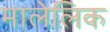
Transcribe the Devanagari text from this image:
मालेलिक